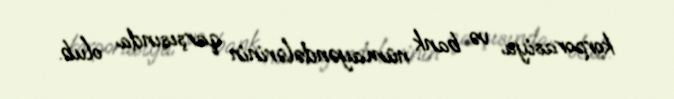
korporasiya və bank nümayəndələrinin qarşısında olub.